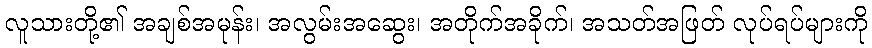
လူသားတို့၏ အချစ်အမုန်း၊ အလွမ်းအဆွေး၊ အတိုက်အခိုက်၊ အသတ်အဖြတ် လုပ်ရပ်များကို